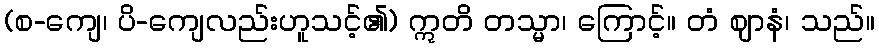
(စ-ကျေ၊ ပိ-ကျေလည်းဟူသင့်၏) ဣတိ တသ္မာ၊ ကြောင့်။ တံ ဈာနံ၊ သည်။